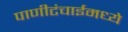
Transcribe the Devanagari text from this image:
पाणीटंचाईमध्ये